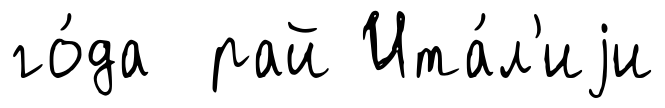
го́да рай Ита́л'иjи